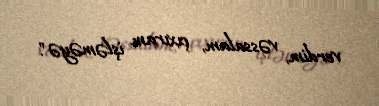
verdim, vəssalam, çıxıram işləməyə".